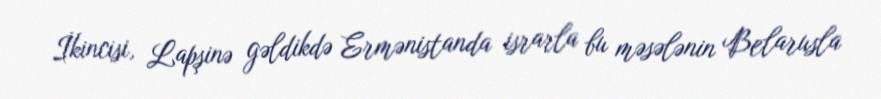
İkincisi, Lapşinə gəldikdə Ermənistanda israrla bu məsələnin Belarusla